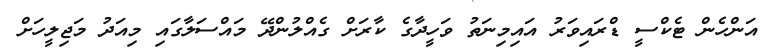
އަންހެން ޓެކްސީ ޑްރައިވަރު އައިމިނަތު ވަހީދާގެ ކާރަށް ގެއްލުންދޭ މައްސަލާގައި މިއަދު މަޖިލީހަށް